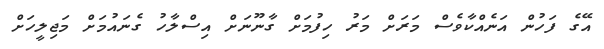
އޭގެ ފަހުން އަނެއްކާވެސް މަރަށް މަރު ހިފުމަށް ގާނޫނަށް އިސްލާހު ގެނައުމަށް މަޖިލީހަށް